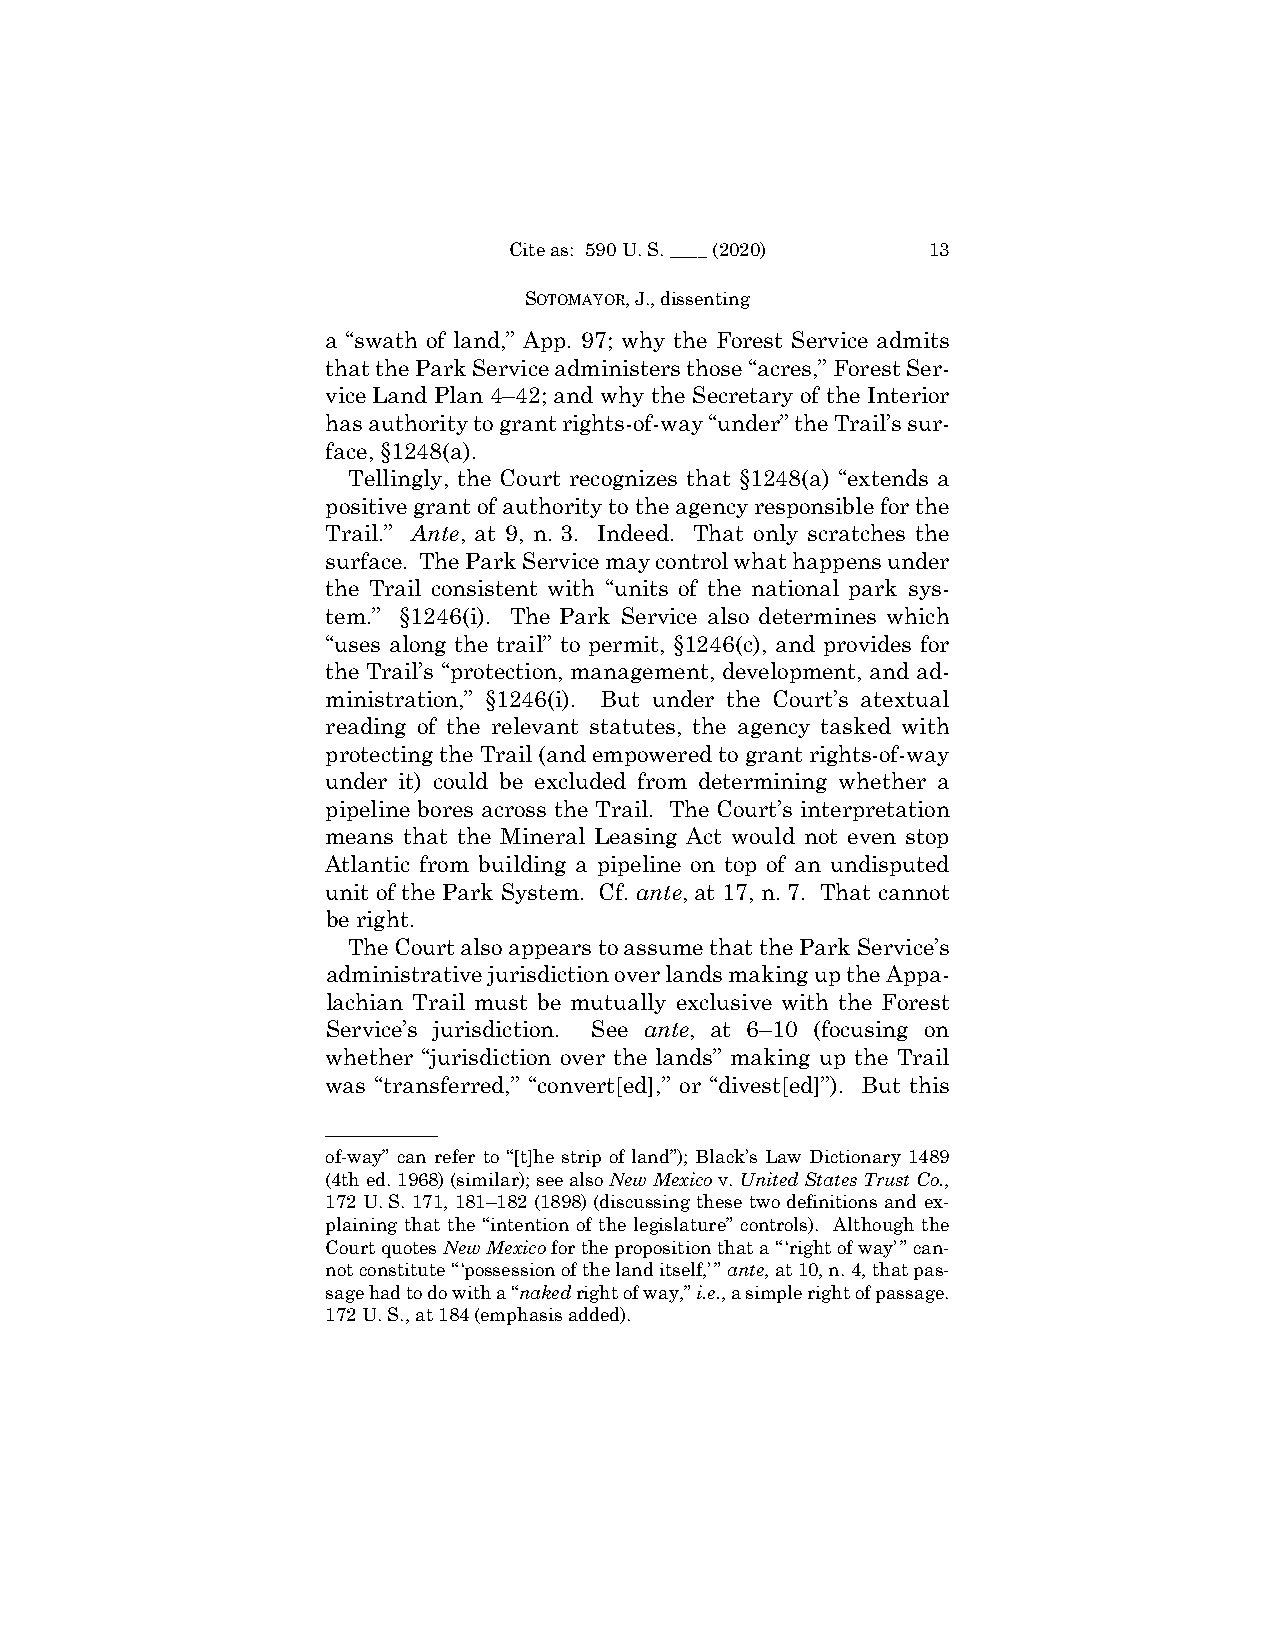
Cite as: 590 U. S. ____ (2020) 13
 SOTOMAYOR, J., dissenting
 a “swath of land,” App. 97; why the Forest Service admits
 that the Park Service administers those “acres,” Forest Ser-
 vice Land Plan 4–42; and why the Secretary of the Interior
 has authority to grant rights-of-way “under” the Trail’s sur-
 face, §1248(a).
 Tellingly, the Court recognizes that §1248(a) “extends a
 positive grant of authority to the agency responsible for the
 Trail.” Ante, at 9, n. 3. Indeed. That only scratches the
 surface. The Park Service may control what happens under
 the Trail consistent with “units of the national park sys-
 tem.” §1246(i). The Park Service also determines which
 “uses along the trail” to permit, §1246(c), and provides for
 the Trail’s “protection, management, development, and ad-
 ministration,” §1246(i). But under the Court’s atextual
 reading of the relevant statutes, the agency tasked with
 protecting the Trail (and empowered to grant rights-of-way
 under it) could be excluded from determining whether a
 pipeline bores across the Trail. The Court’s interpretation
 means that the Mineral Leasing Act would not even stop
 Atlantic from building a pipeline on top of an undisputed
 unit of the Park System. Cf. ante, at 17, n. 7. That cannot
 be right.
 The Court also appears to assume that the Park Service’s
 administrative jurisdiction over lands making up the Appa-
 lachian Trail must be mutually exclusive with the Forest
 Service’s jurisdiction. See ante, at 6–10 (focusing on
 whether “jurisdiction over the lands” making up the Trail
 was “transferred,” “convert[ed],” or “divest[ed]”). But this
 ——————
 of-way” can refer to “[t]he strip of land”); Black’s Law Dictionary 1489
 (4th ed. 1968) (similar); see also New Mexico v. United States Trust Co.,
 172 U. S. 171, 181–182 (1898) (discussing these two definitions and ex-
 plaining that the “intention of the legislature” controls). Although the
 Court quotes New Mexico for the proposition that a “ ‘right of way’ ” can-
 not constitute “ ‘possession of the land itself,’ ” ante, at 10, n. 4, that pas-
 sage had to do with a “naked right of way,” i.e., a simple right of passage.
 172 U. S., at 184 (emphasis added).